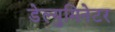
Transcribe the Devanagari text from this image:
डेल्युमिनेटर